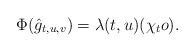
LaTeX: \begin{align*}\Phi ( \hat{g}_{t,u,v}) = \lambda(t,u) ( \chi_t o).\end{align*}